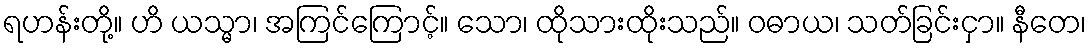
ရဟန်းတို့။ ဟိ ယသ္မာ၊ အကြင်ကြောင့်။ သော၊ ထိုသားထိုးသည်။ ဝဓာယ၊ သတ်ခြင်းငှာ။ နီတေ၊